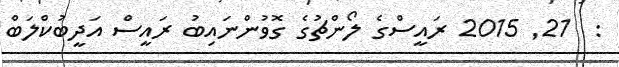
:  21